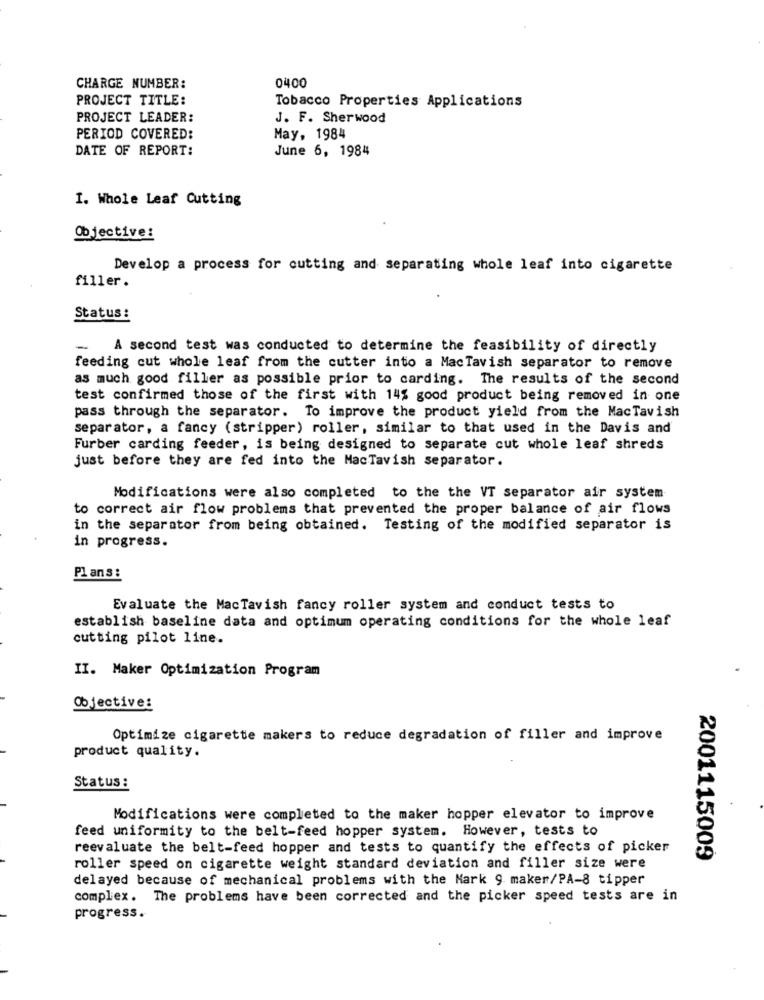
0400
CHARGE NUMBER:
PROJECT TITLE:
Tobacco Properties Applications
PROJECT LEADER:
J. F. Sherwood
PERIOD COVERED:
May, 1984
DATE OF REPORT:
June 6, 1984
I. Whole Leaf Cutting
Objective:
Develop a process for cutting and separating whole leaf into cigarette
filler.
Status :
-
A second test was conducted to determine the feasibility of directly
feeding cut whole leaf from the cutter into a MacTavish separator to remove
as much good filler as possible prior to carding. The results of the second
test confirmed those of the first with 14% good product being removed in one
pass through the separator. To improve the product yield from the MacTavish
separator, a fancy (stripper) roller, similar to that used in the Davis and
Furber carding feeder, is being designed to separate cut whole leaf shreds
just before they are fed into the MacTavish separator.
Modifications were also completed to the the VT separator air system
to correct air flow problems that prevented the proper balance of air flows
in the separator from being obtained. Testing of the modified separator is
in progress.
Plans :
Evaluate the MacTavish fancy roller system and conduct tests to
establish baseline data and optimum operating conditions for the whole leaf
cutting pilot line.
II. Maker Optimization Program
Objective:
Optimize cigarette makers to reduce degradation of filler and improve
product quality.
Status :
Modifications were completed to the maker hopper elevator to improve
feed uniformity to the belt-feed hopper system. However, tests to
reevaluate the belt-feed hopper and tests to quantify the effects of picker
2001115009
roller speed on cigarette weight standard deviation and filler size were
delayed because of mechanical problems with the Mark 9 maker/PA-8 tipper
complex. The problems have been corrected and the picker speed tests are in
progress.